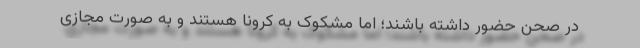
در صحن حضور داشته باشند؛ اما مشکوک به کرونا هستند و به صورت مجازی